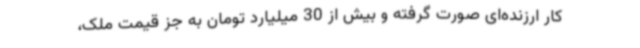
کار ارزنده‌ای صورت گرفته و بیش از 30 میلیارد تومان به جز قیمت ملک،